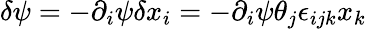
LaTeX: \delta\psi=-\partial_{i}\psi\delta x_{i}=-\partial_{i}\psi\theta_{j}\epsilon_{ijk}x_{k}